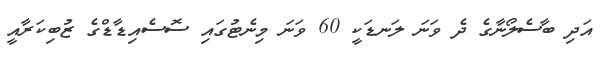
އަދި ބާސެލޯނާގެ ދެ ވަނަ ލަނޑަކީ 60 ވަނަ މިނެޓުގައި ސޮސެއިޑާޑްގެ ޒުބިކަރާއީ